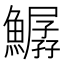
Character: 𩻣